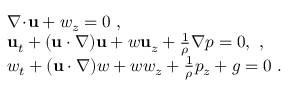
\begin{array} { r l } & { \nabla \! \cdot \! \mathbf { u } + w _ { z } = 0 \ , } \\ & { \mathbf { u } _ { t } + ( \mathbf { u } \cdot \nabla ) \mathbf { u } + w \mathbf { u } _ { z } + \frac { 1 } { \rho } \nabla p = 0 , \ , } \\ & { w _ { t } + ( \mathbf { u } \cdot \nabla ) w + w w _ { z } + \frac { 1 } { \rho } p _ { z } + g = 0 \ . } \end{array}